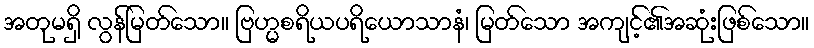
အတုမရှိ လွန်မြတ်သော။ ဗြဟ္မစရိယပရိယောသာနံ၊ မြတ်သော အကျင့်၏အဆုံးဖြစ်သော။